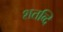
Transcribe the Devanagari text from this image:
शतव्दि